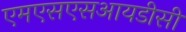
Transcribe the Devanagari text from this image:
एमएसएसआयडीसी